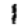
Digit: 1